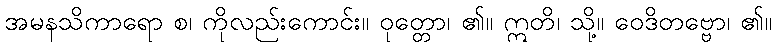
အမနသိကာရော စ၊ ကိုလည်းကောင်း။ ဝုတ္တော၊ ၏။ ဣတိ၊ သို့။ ဝေဒိတဗ္ဗော၊ ၏။